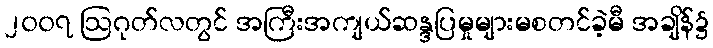
၂၀၀၇ ဩဂုတ်လတွင် အကြီးအကျယ်ဆန္ဒပြမှုများမစတင်ခဲ့မီ အချိန်၌